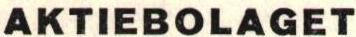
AKTIEBOLAGET